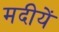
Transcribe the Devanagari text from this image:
मदीयें